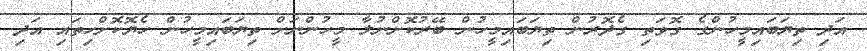
އަދި ތިޔަބައިމީހުންގެ ގޮވަތި ގެދޮރުން ތިޔަބައިމީހުން ބޭރުކޮށްނުލާ މީހުންނަށް ތިޔަބައިމީހުން ހެޔޮކޮށްހިތައި އަދި